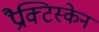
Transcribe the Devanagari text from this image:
प्रैक्टिस्केन